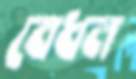
বেধন